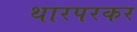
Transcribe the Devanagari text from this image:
थारपरकर